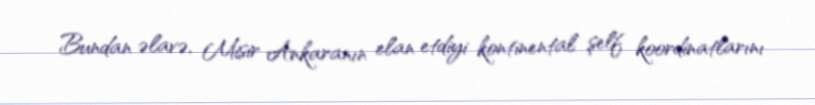
Bundan əlavə, Misir Ankaranın elan etdiyi kontinental şelf koordinatlarını